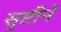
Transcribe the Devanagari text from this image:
सृष्टीने